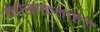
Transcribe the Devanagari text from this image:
कोसळताहेत